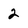
Character: 2